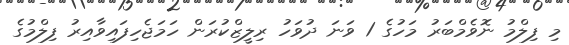
މި ފިލްމު ނޮވެމްބަރު މަހުގެ 1 ވަނަ ދުވަހު ރިލީޒްކުރަން ހަމަޖެހިފައިވާއިރު ފިލްމުގެ